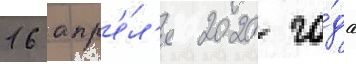
16 апр'е́л'я 2020 го́да